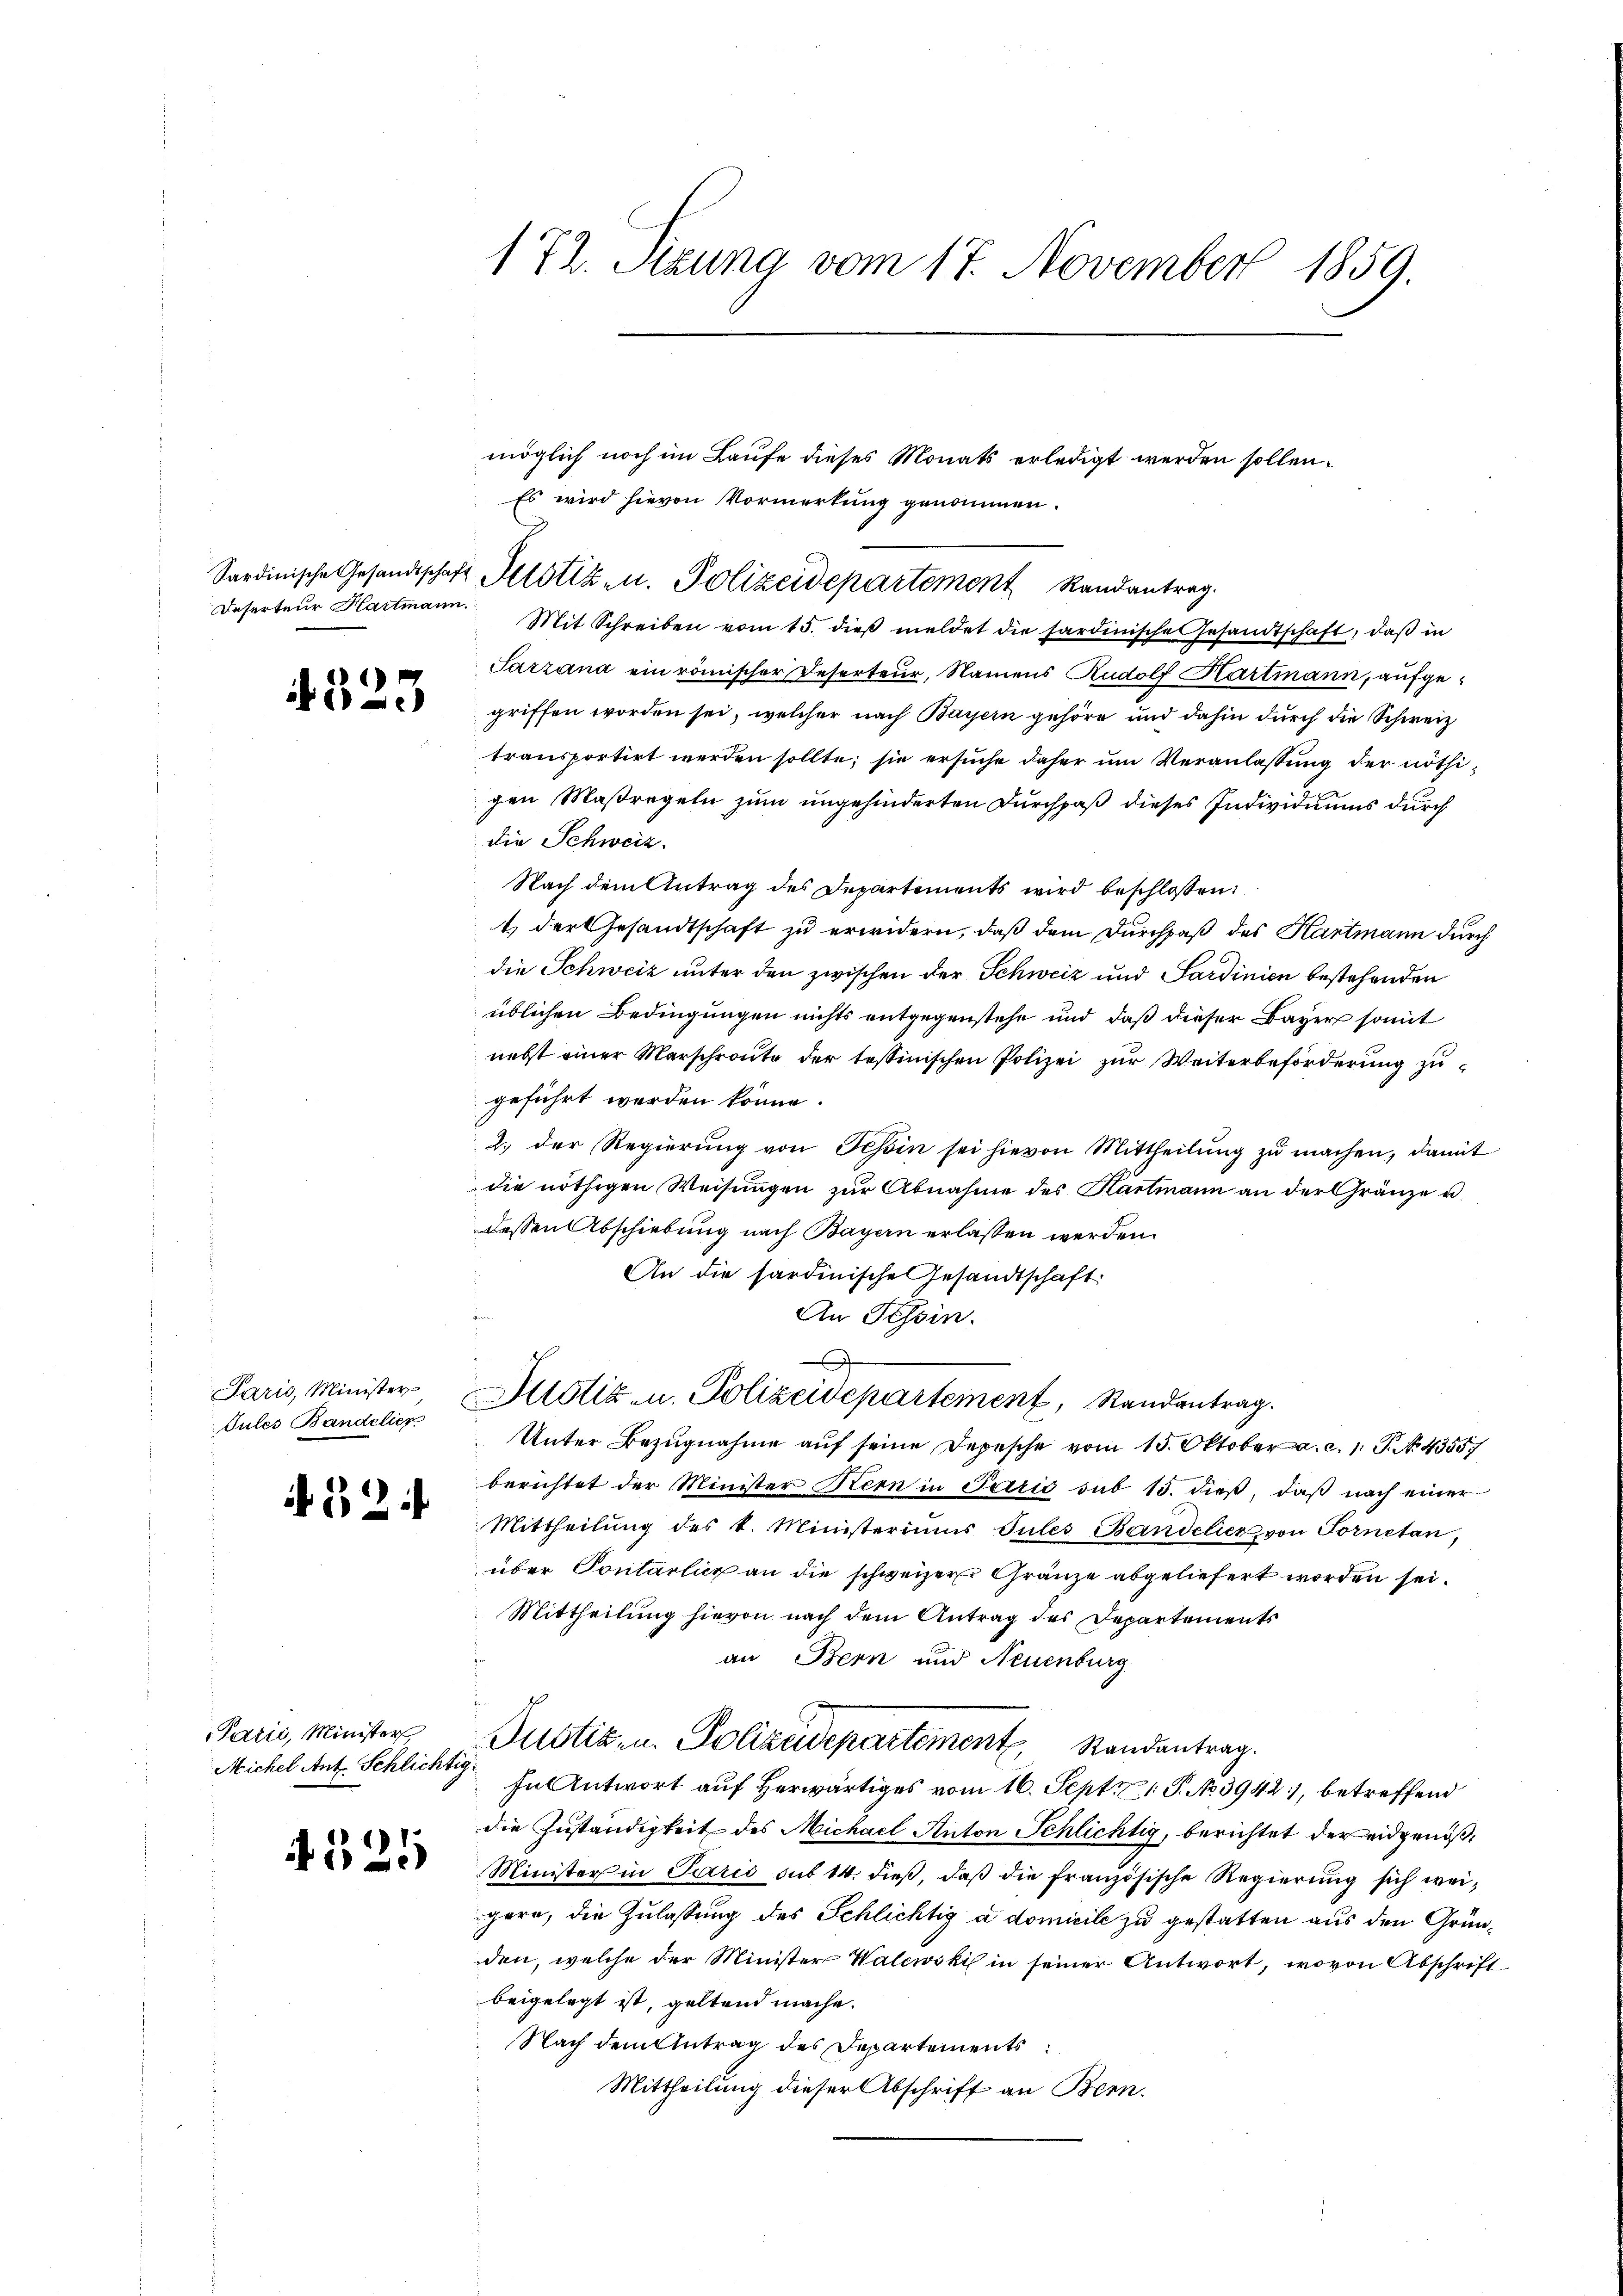
Ieferteur Hartmann

4325

Jules Bandelier

52

arić, Minister
Michel Ant. Schlichtig.

4.525

1 Zl. Stzung vom 17. November 1859.

Es wird hievon Vormerkung genommen.

Sardinische Gesandtschaft Allotiz u. Polizeidepartement Randantrag.

Mit Schreiben vom 15. dieβ meldet die sardinische Gesandtschaft, daβ in
Sarzana ein römischer Deserteur, Namens Rudolf Hartmann, aufgegriffen worden sei, welcher nach Bayern gehöre und dahin durch die Schweiz
transportirt werden sollte; sie ersuche daher um Veranlassung der nöthigen Maßregeln zum ungehinderten Durchpaß dieses Individuums durch
die Schweiz.
Nach dem Antrag des Departements wird beschlossen:
t der Gesandtschaft zu erwidern, daß dem Durchpaß des Hartmann durch
die Schweiz unter den zwischen der Schweiz und Sardinien bestehenden
üblichen Bedingungen nichts entgegenstehe und daß dieser Bayer somit
nebst einer Marschroute der tessinischen Polizei zur Weiterbeförderung zugeführt werden könne.
2. der Regierŭng von Tessin sei hievon Mittheilŭng zŭ machen, damit
die nöthigen Weisŭngen zŭr Abnahme des Hartmann an der Gränze u.
dessen Abschiebung nach Bayern erlassen werden.
An die sardinische Gesandtschaft
An Tessin.
e
Paris, Minister Altstiz- u. Polizeidepartement, Randantrag.
Unter Bezugnahme auf seine Depesche vom 15. Oktober a. c. 1. P. No 43557
berichtet der Minister Hern in Paris sub 15. dieβ, daβ nach einer
Mittheilŭng des k. Ministeriums Sules Bandelier von Fornetan,
über Sontarlich an die schweizer Gränze abgeliefert worden sei.
Mittheilung hievon nach dem Antrag des Departements
an Bern und Neuenburg
Justiz- u. Polizeidepartement Randantrag.
saAntwort auf herwärtiges vom 16. Sept. 1 P. No 3942, betreffend
die Zuständigkeit des Michael Anton Schlichtig, berichtet der eidgenöß¬
Minister in Paris sub 14. dieß, daß die französische Regierung sich weigern, die Zulassung des Schlichtig a domicile zu gestatten aus den Gründen, welche der Minister Walewski in seiner Antwort, wovon Abschrift
beigelegt ist, geltend mache.
Nach dem Antrag des Departements
Mittheilung dieser Abschrift an Bern.

möglich noch im Laufe dieses Monats erledigt werden sollen.